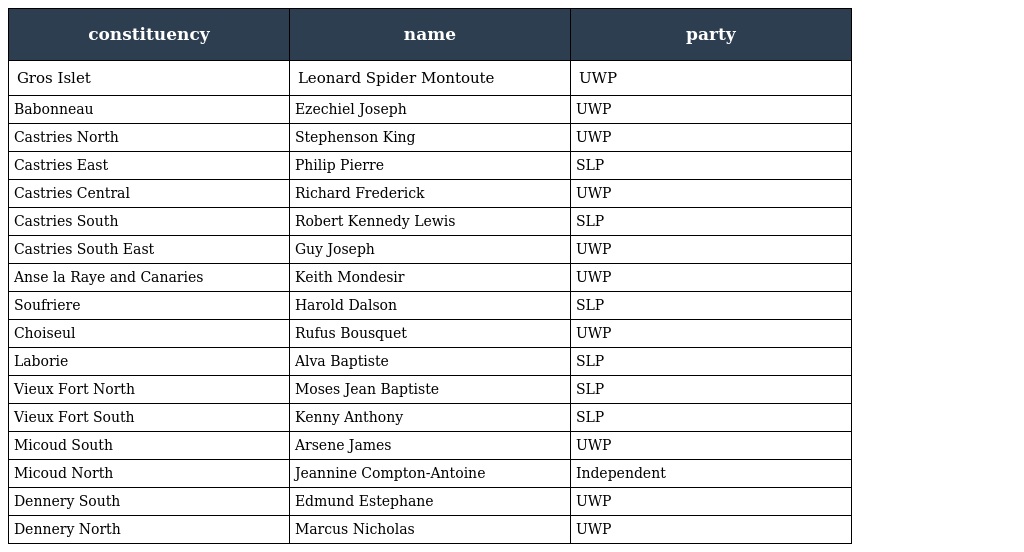
| constituency | name | party |
 | --- | --- | --- |
 | Gros Islet | Leonard Spider Montoute | UWP |
 | Babonneau | Ezechiel Joseph | UWP |
 | Castries North | Stephenson King | UWP |
 | Castries East | Philip Pierre | SLP |
 | Castries Central | Richard Frederick | UWP |
 | Castries South | Robert Kennedy Lewis | SLP |
 | Castries South East | Guy Joseph | UWP |
 | Anse la Raye and Canaries | Keith Mondesir | UWP |
 | Soufriere | Harold Dalson | SLP |
 | Choiseul | Rufus Bousquet | UWP |
 | Laborie | Alva Baptiste | SLP |
 | Vieux Fort North | Moses Jean Baptiste | SLP |
 | Vieux Fort South | Kenny Anthony | SLP |
 | Micoud South | Arsene James | UWP |
 | Micoud North | Jeannine Compton-Antoine | Independent |
 | Dennery South | Edmund Estephane | UWP |
 | Dennery North | Marcus Nicholas | UWP |